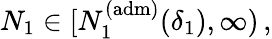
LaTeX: N_{1}\in[N_{1}^{\mathrm{(adm)}}(\delta_{1}),\infty)\, ,